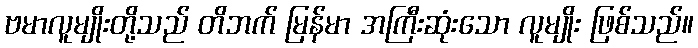
ဗမာလူမျိုးတို့သည် တိဘက် မြန်မာ အကြီးဆုံးသော လူမျိုး ဖြစ်သည်။